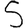
Digit: 5